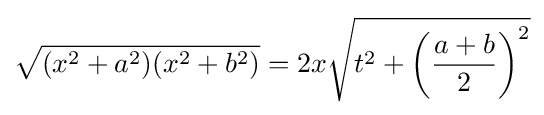
{\sqrt {(x^{2}+a^{2})(x^{2}+b^{2})}}=2x{\sqrt {t^{2}+\left({\frac {a+b}{2}}\right)^{2}}}